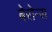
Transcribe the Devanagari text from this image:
बेरोन्स